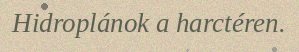
Hidroplánok a harctéren.